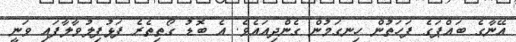
އޭނާގެ ބައްޕަގެ ފަހަތުން ހިނގަމުން ގެންދިއައެވެ. އެ ބޮޑު ގޯތިތެރެ ފަޅުފިލުވާލާފައި ވަނީ